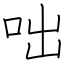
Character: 咄